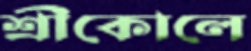
শ্রীকোলে